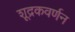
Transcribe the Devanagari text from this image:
शूद्रकवर्णन